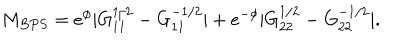
M _ { B P S } = e ^ { \phi } | G _ { 1 1 } ^ { 1 / 2 } - G _ { 1 1 } ^ { - 1 / 2 } | + e ^ { - \phi } | G _ { 2 2 } ^ { 1 / 2 } - G _ { 2 2 } ^ { - 1 / 2 } | .